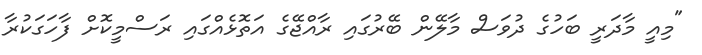
"މިއީ މާދަރީ ބަހުގެ ދުވަސް މާލޭން ބޭރުގައި ރާއްޖޭގެ އަތޮޅެއްގައި ރަސްމީކޮށް ފާހަގަކުރާ